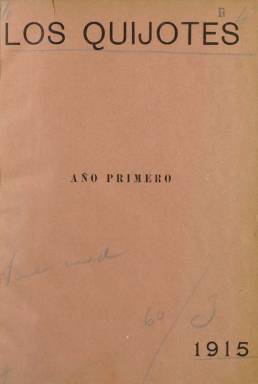
Título: Los Quijotes (Madrid)
Colección: Literatura
Ámbito geográfico: Madrid
Lugar de publicación: Madrid
Fechas: 10/03/1915-25/10/1918

Revista que desempeñó un papel destacado en las “escaramuzas” de la primera vanguardia literaria española (Pérez Bazo: 1998), a la que se la data como pre-ultraísta, al acoger en sus páginas las colaboraciones de unos entonces jóvenes y noveles poetas de este movimiento en germen, cuando a muchos de ellos prácticamente nadie conocía aún. Seoane y Sáinz (1996) la sitúan también en esa transición, “en la que se percibe ya una nueva sensibilidad estética” y en la que colaboran muchos escritores que integrarán más tarde el movimiento ultraísta. Tira su primer número el diez de marzo de 1915, y con frecuencia quincenal –su primer subtítulo fue así de escueto: “publicación quincenal” – llegaron a salir 88 entregas, hasta el 25 de octubre de 1918.

Se la ha calificado de “artesanal” y “modesta publicación cervantina” (Paniagua: 1970), y al darle Osuna (2014) también este epíteto añade que “es un decir”, aunque su propietario “lució con generosidad en sus páginas los frutos dudosos de su cervantismo a ultranza". Desde el 25 de febrero al 10 de mayo de 1916, la revista adoptará, precisamente, el subtítulo: “revista cervantista” (modificará también el diseño de su cabecera), y en el saludo de la propia revista se autodenominará, lejos de cualquier pretensión, de “periodiquito”. De reducida tirada y difusión, pero no por ello “insignificante”, comienza con un formato en octavo pequeño, que después varía tanto para aumentarlo como reducirlo, siendo compuesta a dos columnas y a veces a una. También variará su paginación, generalmente de ocho, a veces las duplica o alcanza las 24 páginas (10 sep. 1917).

Fue fundada y dirigida por Emilio González Linera (-1933), tipógrafo de profesión y propietario de una pequeña imprenta, en la que estampará la publicación. Al incorporarse Rafael Cansinos Assens (1882-1964) a sus páginas, la revista se polarizará en torno a su figura, y en ella publicarán sus primeros poemas, entre otros, Pedro Garfias o un jovencísimo Guillermo de Torre, entonces de dieciséis años, además de César A. Comet, Jaime Ibarra, Eduardo Barriobero y Herrán, León Cervera, Vicente Huidobro, Rafael Lasso de la Vega, Juan González Olmedilla, Rogelio Buendía, Evaristo Correa Calderón, Xavier Bóveda, José Rivas Panedas, Manuel Delgado Bermejo, Ernesto López Parra, Eladio Prieto, Adriano del Valle, Lino Cuesta, Mauro Bajatierra, Luis Tous, (Fernando Tous aparece como administrador), así como Encarnación Cutillas Lázaro, Carmen Pérez Castro, Leonor Rodríguez o Carlota Remfry de Kid, entre otros.

También aparecen textos bajo seudónimos, como Un Español, Esperanto, Tito, Rocinante, Rafasán (Rafael de San Millán), Silverio Lanza (Juan Bautista Amorós) o Luciano de San-Saor (Lucía Sánchez Saornil), o bajo iniciales, como L.T. o F.R.

Son publicados relatos, estudios, diálogos, cartas, poemas, crítica bibliográfica y recesiones, así como traducciones, algunas de ellas por el citado Cansinos Assens, de Apollinaire, Reverdy o Roger Allard. En sus primeras entregas comenzará a insertar El Quijote, en formato folletín. Desde enero de 1917 publica en la cubierta de cada entrega el entonces retrato juvenil (enmarcado en un óvalo) de muchos bisoños escritores que se estaban dando cita en esta revista y que más tarde se reencuentran en las publicaciones “oficiales” del ultraísmo (Osuna: 2014), y que proceden de la cámara del fotógrafo Cartagena, subtitulándose después “revista ilustrada”. También abrió una suscripción a favor de los sefardíes.

González Linera es citado en la bibliografía de referencia más como anarquista, aunque en alguna lo califica de “hombre liberal”, que ofreció su saber al servicio de la alfabetización y la educación, escribiendo y difundiendo cuentos para niños, a través de la Colección Linera. En Los Quijotes publicará algunos textos cervantinos, como Diálogo entre don Quijote y Sancho, Sancho en su gobierno y Las mujeres del Quijote.  Miembro de la masonería, fue también fundador a principios del siglo veinte de la revista Luz española, escrita en esperanto y castellano, y publicará también los 72 números de la revista Vida masónica (1926-1933), de la logia madrileña La Catoniana. También fundó la masónica Biblioteca Catón (1916-1934).

En el último número Los Quijotes aparece una carta de Adriano del Valle a Cansinos Assens, en la que se da cuenta de la creación de Grecia (1918-1920), una de las revistas ultraístas por excelencia, que marcará el “desvanecimiento” de Los Quijotes. Paniagua (1970) señala que su desaparición fue por “absorción” de la “tropa pastoreada olímpicamente” por Cansinos Assens, que “desertó al sur”, es decir, a las páginas de la citada publicación sevillana.